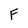
Character: F